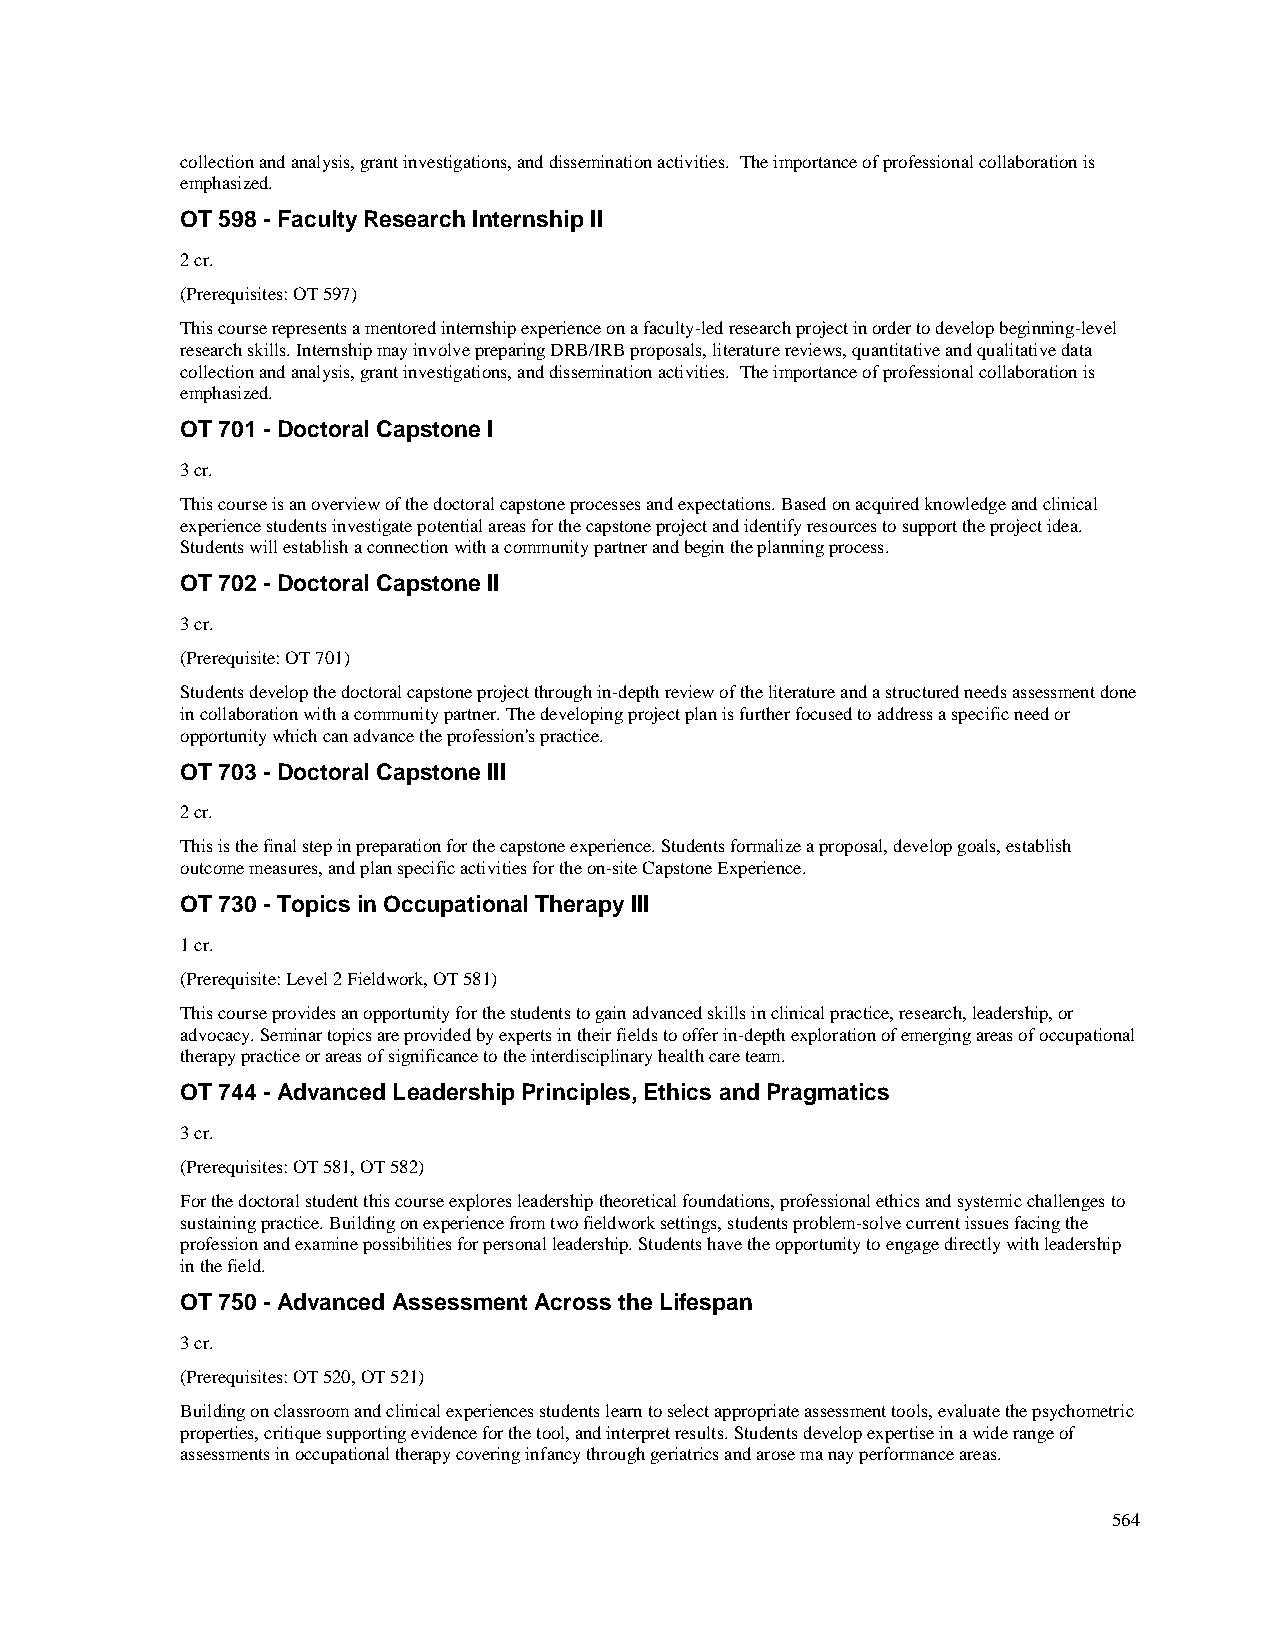
collection and analysis, grant investigations, and dissemination activities. The importance of professional collaboration is
 emphasized.
 OT 598 - Faculty Research Internship II
 2 cr.
 (Prerequisites: OT 597)
 This course represents a mentored internship experience on a faculty-led research project in order to develop beginning-level
 research skills. Internship may involve preparing DRB/IRB proposals, literature reviews, quantitative and qualitative data
 collection and analysis, grant investigations, and dissemination activities. The importance of professional collaboration is
 emphasized.
 OT 701 - Doctoral Capstone I
 3 cr.
 This course is an overview of the doctoral capstone processes and expectations. Based on acquired knowledge and clinical
 experience students investigate potential areas for the capstone project and identify resources to support the project idea.
 Students will establish a connection with a community partner and begin the planning process.
 OT 702 - Doctoral Capstone II
 3 cr.
 (Prerequisite: OT 701)
 Students develop the doctoral capstone project through in-depth review of the literature and a structured needs assessment done
 in collaboration with a community partner. The developing project plan is further focused to address a specific need or
 opportunity which can advance the profession's practice.
 OT 703 - Doctoral Capstone III
 2 cr.
 This is the final step in preparation for the capstone experience. Students formalize a proposal, develop goals, establish
 outcome measures, and plan specific activities for the on-site Capstone Experience.
 OT 730 - Topics in Occupational Therapy III
 1 cr.
 (Prerequisite: Level 2 Fieldwork, OT 581)
 This course provides an opportunity for the students to gain advanced skills in clinical practice, research, leadership, or
 advocacy. Seminar topics are provided by experts in their fields to offer in-depth exploration of emerging areas of occupational
 therapy practice or areas of significance to the interdisciplinary health care team.
 OT 744 - Advanced Leadership Principles, Ethics and Pragmatics
 3 cr.
 (Prerequisites: OT 581, OT 582)
 For the doctoral student this course explores leadership theoretical foundations, professional ethics and systemic challenges to
 sustaining practice. Building on experience from two fieldwork settings, students problem-solve current issues facing the
 profession and examine possibilities for personal leadership. Students have the opportunity to engage directly with leadership
 in the field.
 OT 750 - Advanced Assessment Across the Lifespan
 3 cr.
 (Prerequisites: OT 520, OT 521)
 Building on classroom and clinical experiences students learn to select appropriate assessment tools, evaluate the psychometric
 properties, critique supporting evidence for the tool, and interpret results. Students develop expertise in a wide range of
 assessments in occupational therapy covering infancy through geriatrics and arose ma nay performance areas.
 564